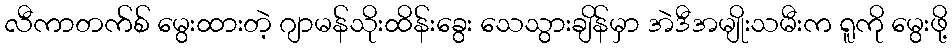
လီကာတက်စ် မွေးထားတဲ့ ဂျာမန်သိုးထိန်းခွေး သေသွားချိန်မှာ အဲဒီအမျိုးသမီးက ရူကို မွေးဖို့